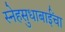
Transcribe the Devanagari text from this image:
स्नेहसुधाबाईंचा